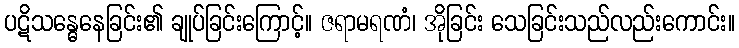
ပဋိသန္ဓေနေခြင်း၏ ချုပ်ခြင်းကြောင့်။ ဇရာမရဏံ၊ အိုခြင်း သေခြင်းသည်လည်းကောင်း။